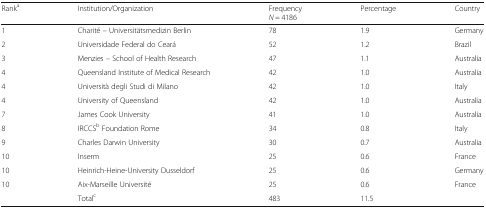
<table><thead><tr><td><b>Rank<sup>a</sup></b></td><td><b>Institution/Organization</b></td><td><b>Frequency<i>N</i> = 4186</b></td><td><b>Percentage</b></td><td><b>Country</b></td></tr></thead><tbody><tr><td>1</td><td>Charité – Universitätsmedizin Berlin</td><td>78</td><td>1.9</td><td>Germany</td></tr><tr><td>2</td><td>Universidade Federal do Ceará</td><td>52</td><td>1.2</td><td>Brazil</td></tr><tr><td>3</td><td>Menzies – School of Health Research</td><td>47</td><td>1.1</td><td>Australia</td></tr><tr><td>4</td><td>Queensland Institute of Medical Research</td><td>42</td><td>1.0</td><td>Australia</td></tr><tr><td>4</td><td>Università degli Studi di Milano</td><td>42</td><td>1.0</td><td>Italy</td></tr><tr><td>4</td><td>University of Queensland</td><td>42</td><td>1.0</td><td>Australia</td></tr><tr><td>7</td><td>James Cook University</td><td>41</td><td>1.0</td><td>Australia</td></tr><tr><td>8</td><td>IRCCS<sup>b</sup> Foundation Rome</td><td>34</td><td>0.8</td><td>Italy</td></tr><tr><td>9</td><td>Charles Darwin University</td><td>30</td><td>0.7</td><td>Australia</td></tr><tr><td>10</td><td>Inserm</td><td>25</td><td>0.6</td><td>France</td></tr><tr><td>10</td><td>Heinrich-Heine-University Dusseldorf</td><td>25</td><td>0.6</td><td>Germany</td></tr><tr><td>10</td><td>Aix-Marseille Université</td><td>25</td><td>0.6</td><td>France</td></tr><tr><td></td><td>Total<sup>c</sup></td><td>483</td><td>11.5</td><td></td></tr></tbody></table>